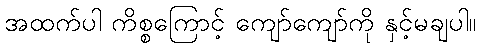
အထက်ပါ ကိစ္စကြောင့် ကျော်ကျော်ကို နှင့်မချပါ။